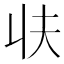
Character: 𰀣